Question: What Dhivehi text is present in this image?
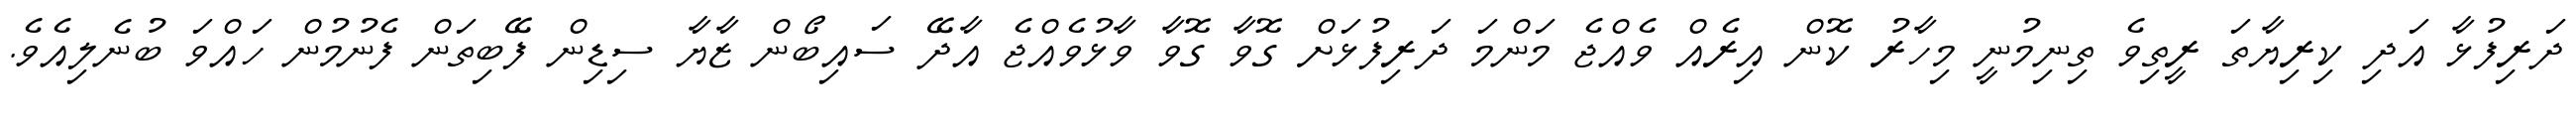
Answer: ދަރިފުޅާ އަދި ކިރިޔާތަ ރީތިވެ ތިނިމުނީ މިހާރު ކޮން އިރެއް ވެއްޖެ މަންމަ ދަރިފުޅަށް ގޮވާ ގޮވާ ވާޅުވެއްޖެ އާދޭ ސައިބޯން ޒާޔާ ސިޑިން ފޭބިތަން ފެނުމުން ހައްވަ ބުނެލިއެވެ.